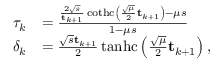
\begin{array} { r l } { \tau _ { k } } & { = \frac { \frac { 2 \sqrt { s } } { \mathbf { t } _ { k + 1 } } \operatorname { c o t h c } \left( \frac { \sqrt { \mu } } { 2 } \mathbf { t } _ { k + 1 } \right) - \mu s } { 1 - \mu s } } \\ { \delta _ { k } } & { = \frac { \sqrt { s } \mathbf { t } _ { k + 1 } } { 2 } \operatorname { t a n h c } \left( \frac { \sqrt { \mu } } { 2 } \mathbf { t } _ { k + 1 } \right) , } \end{array}